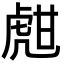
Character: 甝